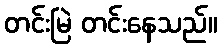
တင်းမြဲ တင်းနေသည်။